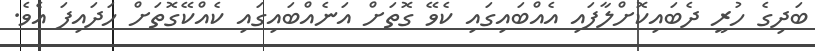
ބަދިގެ ހުރީ ދެބައިކޮށްލާފައި އެއްބައިގައި ކެވޭ ގޮތަށް އަނެއްބައިގައި ކެއްކޭގޮތަށް ހަދައިފަ އެވެ.